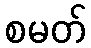
စမတ်